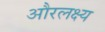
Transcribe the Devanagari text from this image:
औरलक्ष्य